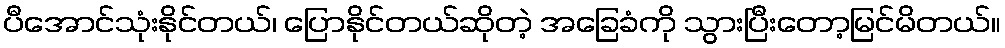
ပီအောင်သုံးနိုင်တယ်၊ ပြောနိုင်တယ်ဆိုတဲ့ အခြေခံကို သွားပြီးတော့မြင်မိတယ်။